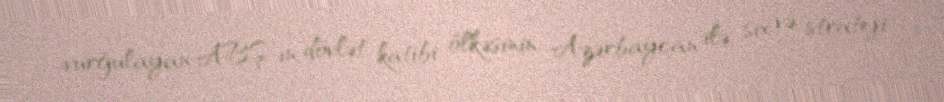
vurğulayan ABŞ-ın dövlət katibi ölkəsinin Azərbaycan ilə sıx və strateji